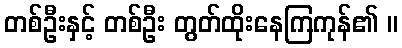
တစ်ဦးနှင့် တစ်ဦး တွတ်ထိုးနေကြကုန်၏ ။